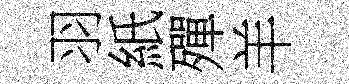
羽紙殫羊